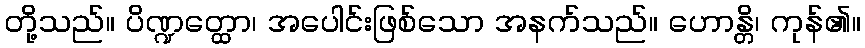
တို့သည်။ ပိဏ္ဍတ္ထော၊ အပေါင်းဖြစ်သော အနက်သည်။ ဟောန္တိ၊ ကုန်၏။